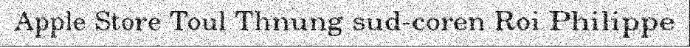
Apple Store Toul Thnung sud-coren Roi Philippe